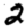
Digit: 2